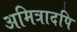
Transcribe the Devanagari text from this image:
अमित्रादपि